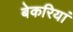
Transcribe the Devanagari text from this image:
बेकरियां